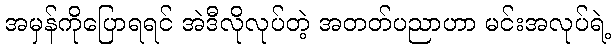
အမှန်ကိုပြောရရင် အဲဒီလိုလုပ်တဲ့ အတတ်ပညာဟာ မင်းအလုပ်ရဲ့